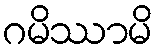
ဂမိဿာမိ